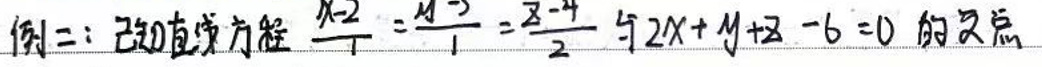
例二：已知直线方程\(\frac{x - 2}{1} = \frac{y - 2}{1} = \frac{z - 4}{2}\)与\(2x + y + z - 6 = 0\)的交点